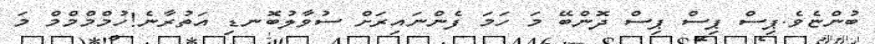
ބުންޏެވެ.ޕިސް ޕިސް ޕިސް ދޮންބޭ މަ ހަމަ ފެންނައިރަށް ސުވާލުބޮނޑި އަތުރާނެ!ހުމްމްމްމް މަ